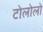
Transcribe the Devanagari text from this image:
टोलोलो